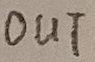
Text: OUT